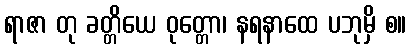
ရာဇာ တု ခတ္တိယေ ဝုတ္တော၊ နရနာထေ ပဘုမှိ စ။